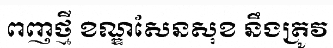
ពញថ្មី ខណ្ឌសែនសុខ នឹងត្រូវ